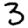
Digit: 3